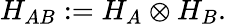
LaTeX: H_{AB}:=H_{A}\otimes H_{B}.